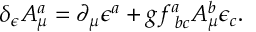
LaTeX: \delta _ { \epsilon } A _ { \mu } ^ { a } = \partial _ { \mu } \epsilon ^ { a } + g f _ { \; b c } ^ { a } A _ { \mu } ^ { b } \epsilon _ { c } .